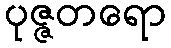
ပုဇ္ဇတရော